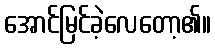
အောင်မြင်ခဲ့လေတော့၏။